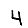
Digit: 4